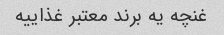
غنچه یه برند معتبر غذاییه